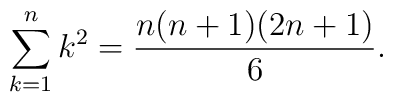
\sum_{k=1}^{n} k^{2} = \frac{n(n+1)(2n+1)}{6}.